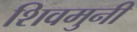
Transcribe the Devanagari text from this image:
शिवमुनी